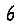
Digit: 6